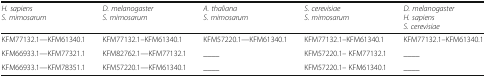
| H. sapiensS. mimosarum | D. melanogasterS. mimosarum | A. thalianaS. mimosarum | S. cerevisiaeS. mimosarum | D. melanogasterH. sapiensS. cerevisiae |
 | --- | --- | --- | --- | --- |
 | KFM77132.1—KFM61340.1 | KFM77132.1--KFM61340.1 | KFM57220.1—KFM61340.1 | KFM77132.1--KFM61340.1 | KFM77132.1--KFM61340.1 |
 | KFM66933.1—KFM77321.1 | KFM82762.1—KFM77132.1 | ____ | KFM57220.1-- KFM77132.1 | ____ |
 | KFM66933.1—KFM78351.1 | KFM57220.1—KFM61340.1 | ____ | KFM57220.1-- KFM61340.1 | ____ |